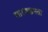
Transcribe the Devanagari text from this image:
धारणक्षमता